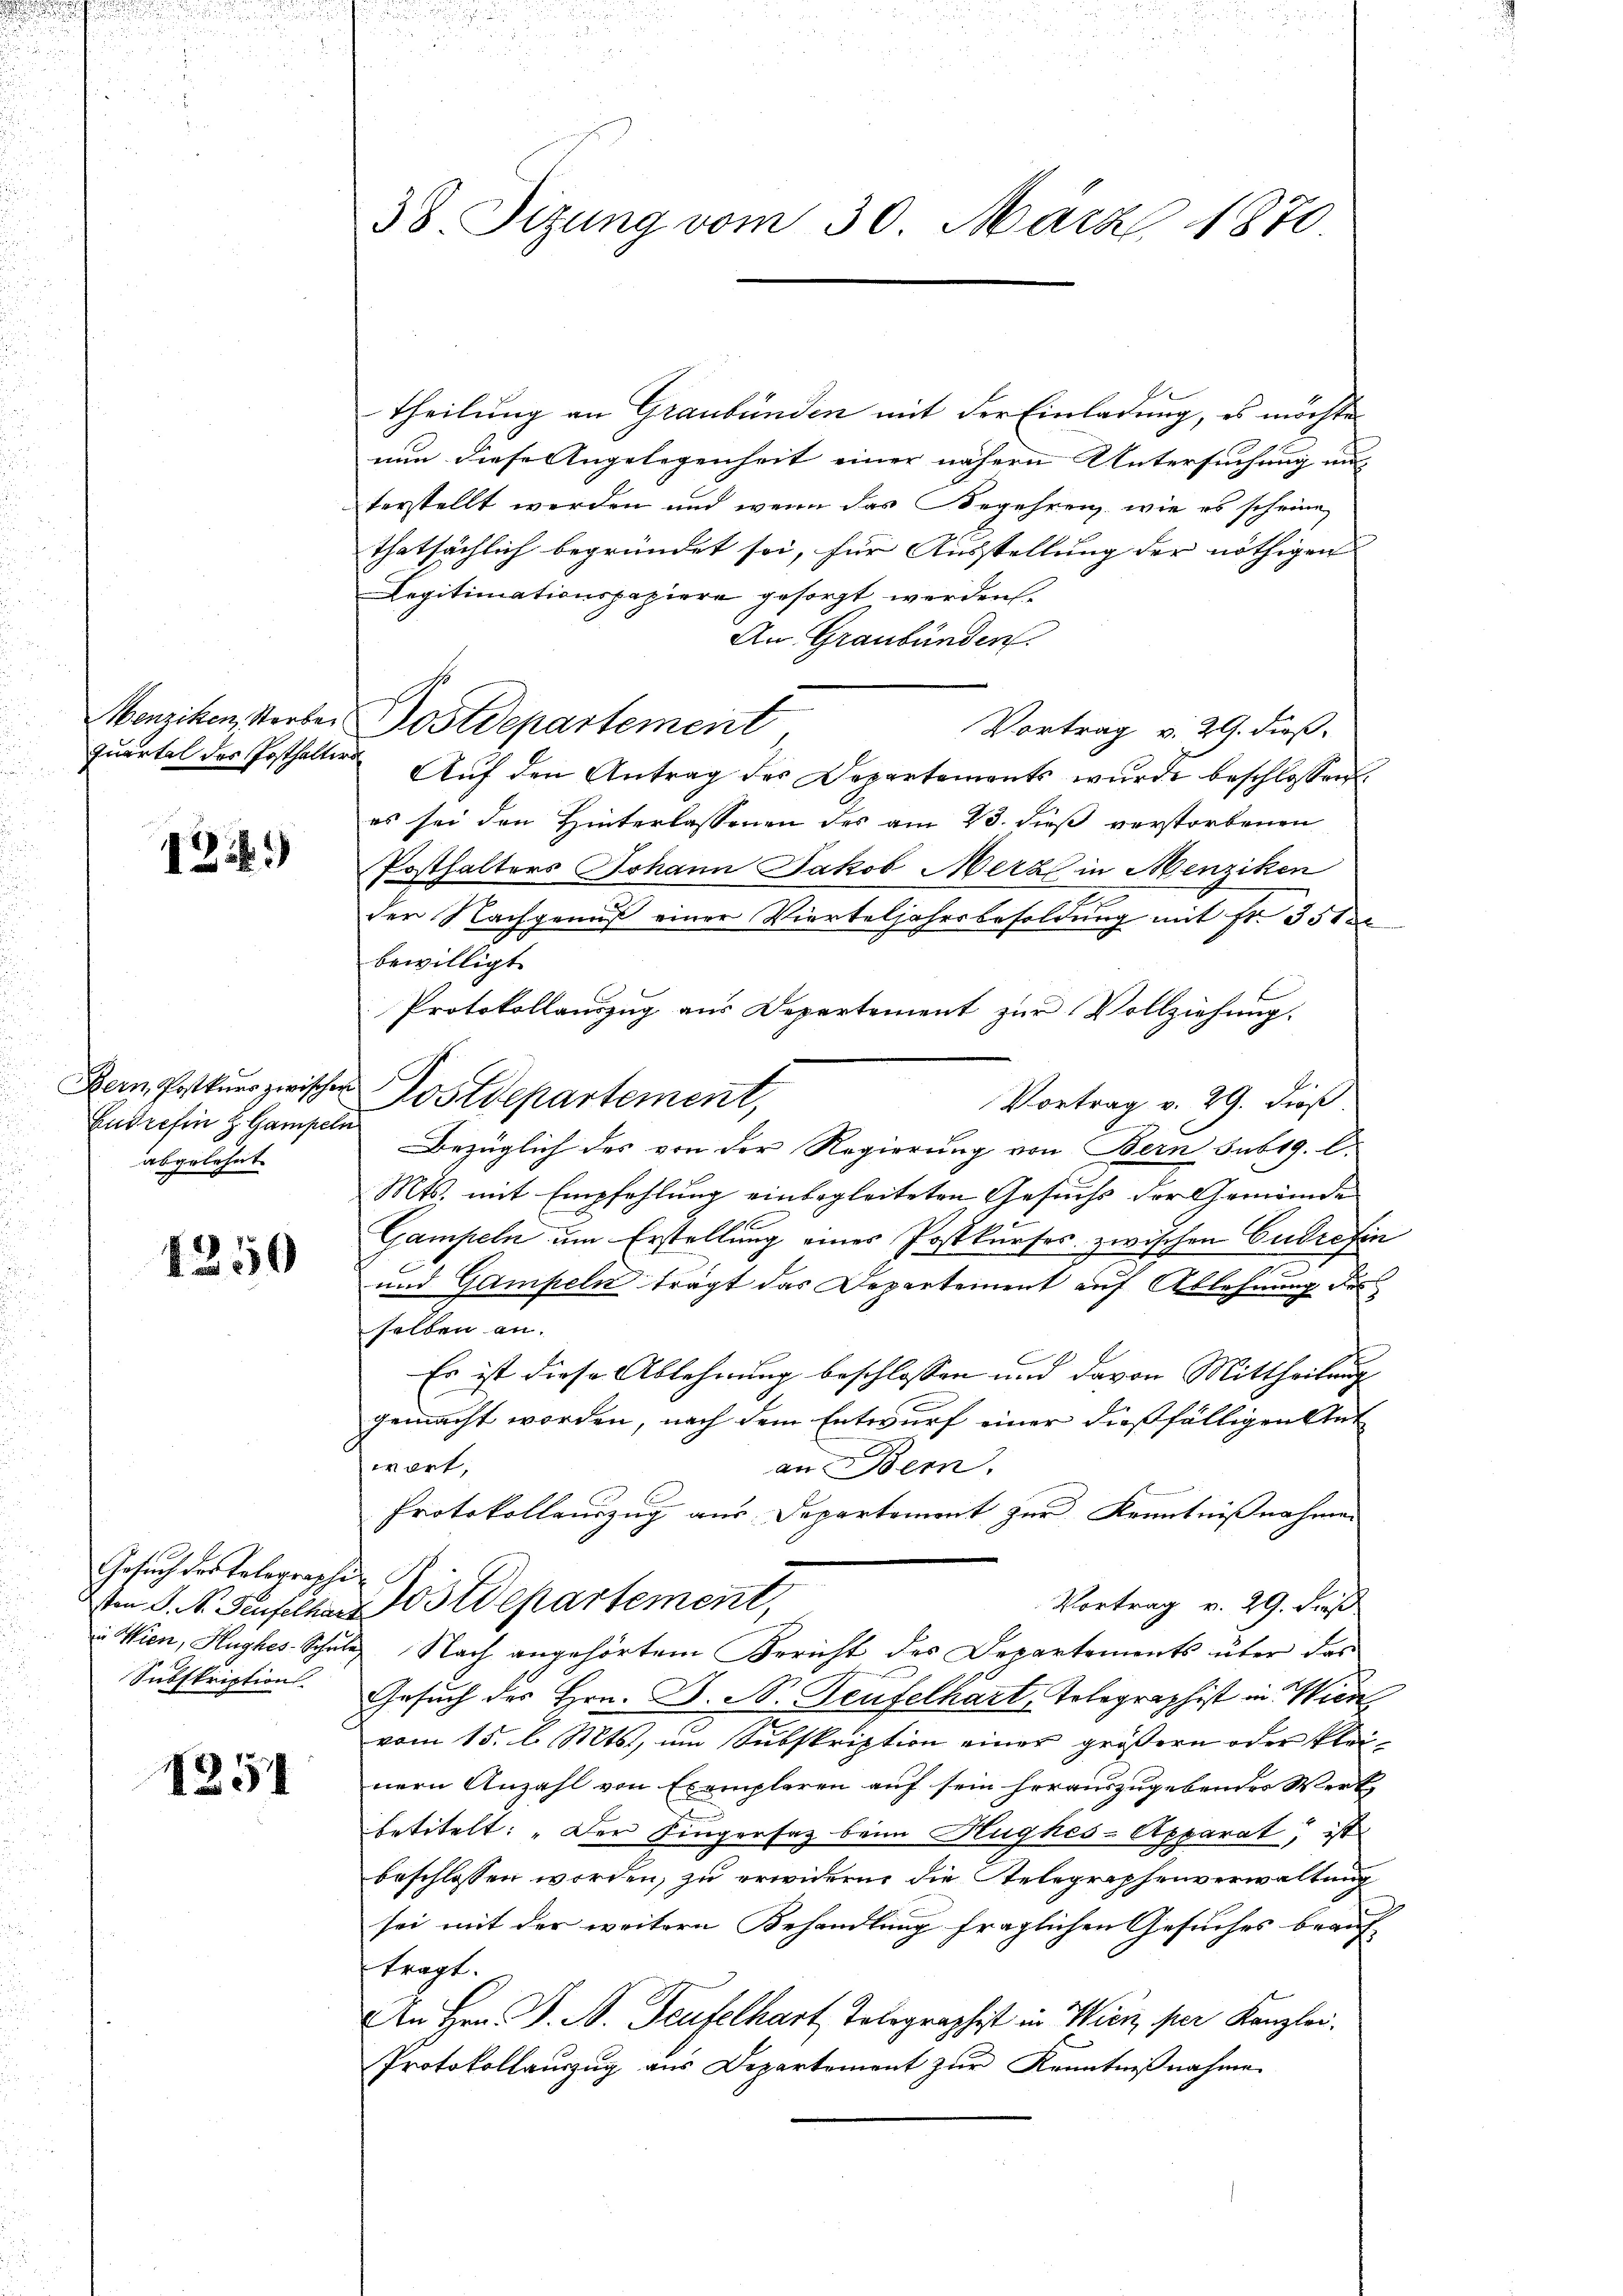
.

1249

Bern Postkurs zwischen
Eudrefen z. Gampeln
abgelehnt

1250

Gesuch des Telegrasche
i Wien, Hughes-Schule
Subskription.

1251

38. Sitzung vom 30. März 1870.

Menziken, Storbei Postdepartement

theilung an Graubünden mit der Einladung, es möchte
nun diese Angelegenheit einer nähern Untersuchung mit
terstellt werden und wenn das Begehreng, wie es scheine
thatsächlich begründet sei, für Ausstellung der nöthigen |
Legitimationspaziere gesorgt werden.
An Graubünden.
Vortrag v. 29. dieß.
Quartel der Posthalter Aŭf den Antrag des Departements wurde beschlossen:
es sei den Hinterlassenen des am 23. dieß verstorbenen
Posthalters Johann Jakob Merz in Menziken
der Nachgenuß einer Vierteljahrsbesoldung mit fr. 351
bewilligt.
Protokollauszug aus Departement zur Vollziehung.
Postdepartement,
Vortrag v. 29. dieß
Bezüglich des von der Regierung von Bern sub 19. C.
Mts. mit Empfehlung einbegleiteten Gesuchs der Gemeinde
Gampeln um Erstellung eines Postkurses zwischen Cudrefin
n
und Gampeln trägt das Departement auf Ablehnung des
selben an.
Es ist diese Ablehnung beschlossen und davon Mittheilung
gemacht worden, nach dem Entwurf einer dießfälligen Ant
wort,
an Bern.
Protokollauszug aus Departement zur Kenntnißnahmen
Vortrag v. 29. dieß
sten S. R. Teufelbar Ostdepartement,
& Nach angehörtem Bericht des Departements über das
Gesuch des Hrn. D. R. Teufelhart, Telegraphist in Wien
vom 15. l. Mts., um Subskription einer größern oder kleinern Anzahl von Exemplaren auf sein herauszugebendes Werk,
betitelt: „Der Fingersatz beim Hughes-Apparat, ist
beschlossen worden, zu erwidern die Stelegraphenverwaltung
sei mit der weitern Behandlung fraglichen Gesuches beauf
ftragt.
An Hrn. B. A. Teufelhart Telegraphist in Wien per Kanzlei.
Protokollauszug aus Departement zur Kenntnißnahme.